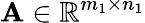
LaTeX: \mathbf{A}\in\mathbb{R}^{m_{1}\times n_{1}}